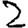
Digit: 2